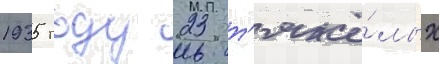
1935 году 23 т'яжё́лых